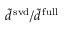
\tilde { d } ^ { \mathrm { \, s v d } } / \tilde { d } ^ { \mathrm { \, f u l l } }